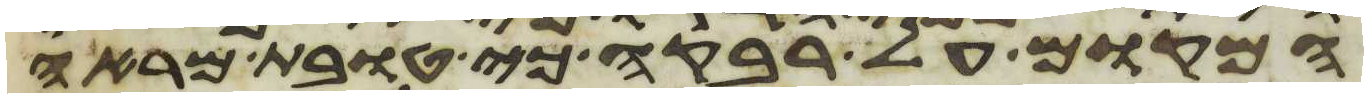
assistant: המקום על רבקה כי טובת מראה